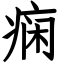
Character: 痫